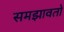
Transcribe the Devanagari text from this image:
समझावतो